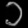
Digit: ၁